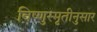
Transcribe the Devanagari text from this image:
विष्णुस्मृतीनुसार